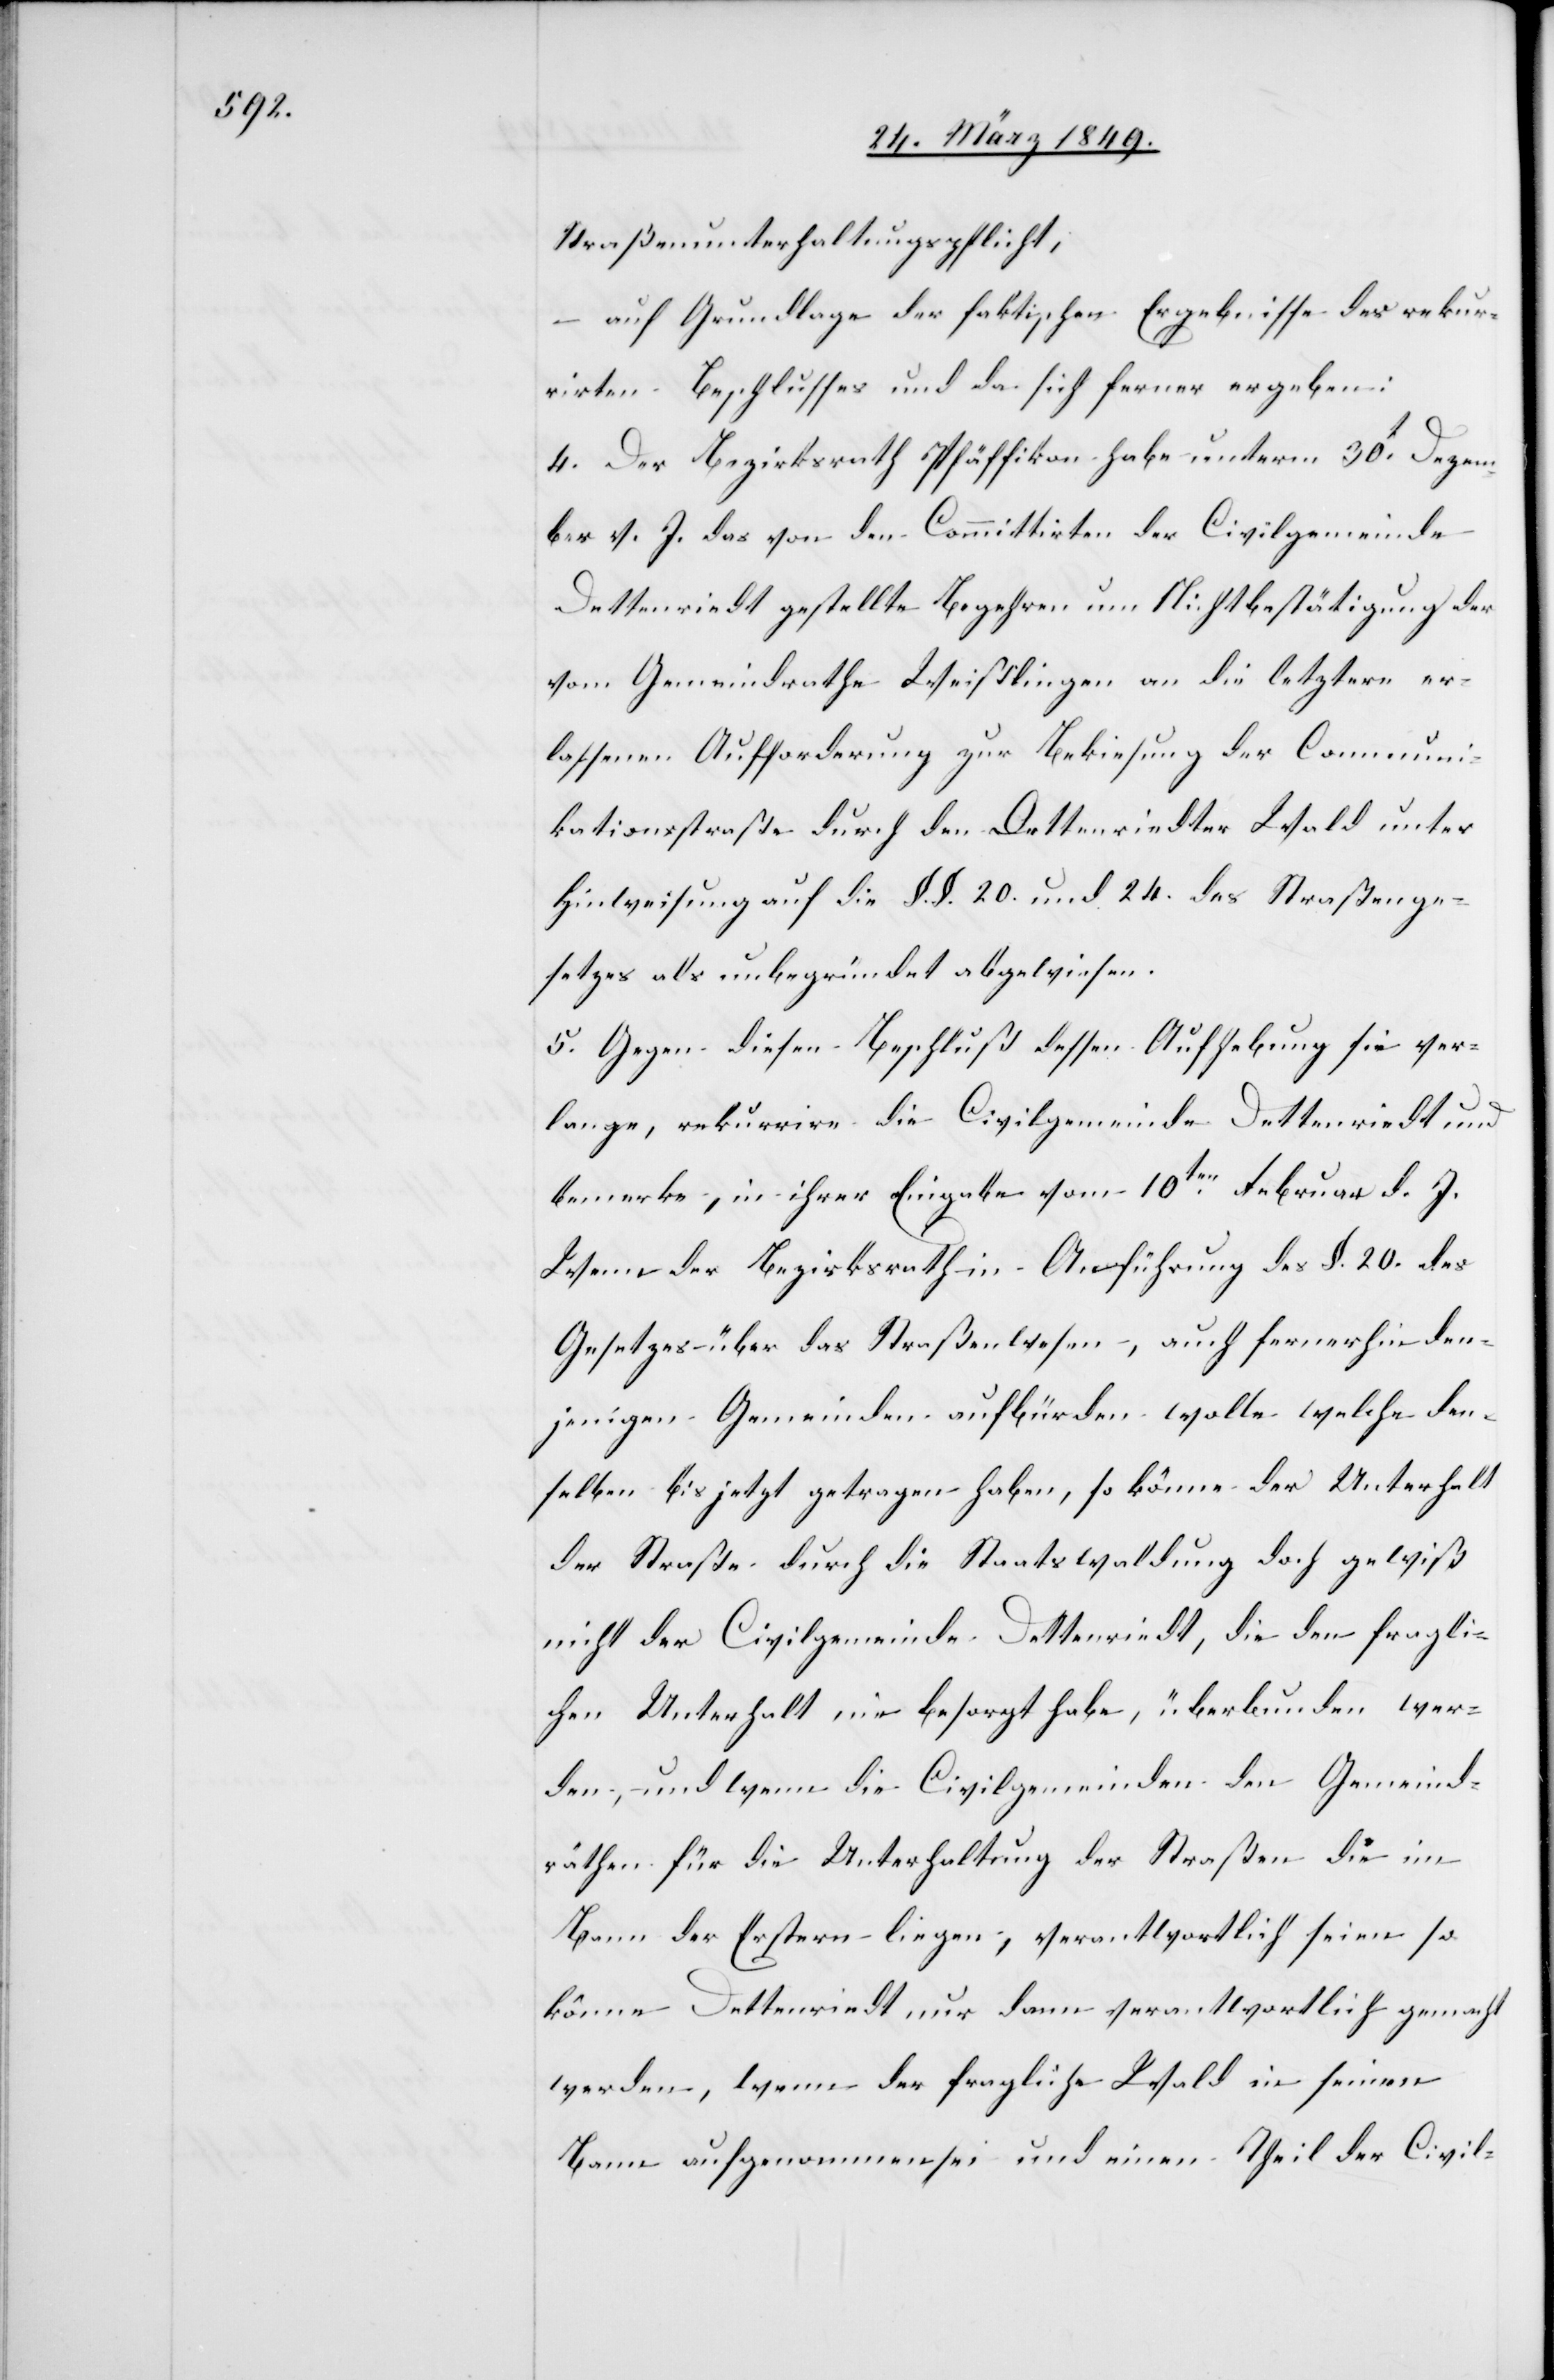
Straßenunterhaltungspflicht;
auf Grundlage der faktischen Ergebnisse des rekur¬
rirten Beschlusses und da sich ferner ergeben:
4. Der Bezirksrath Pfäffikon habe unterm 30t. Dezem¬
ber v. J. das von den Committirten der Civilgemeinde
Dettenriedt gestellte Begehren um Nichtbestätigung der
vom Gemeindrathe Weißlingen an die letztere er¬
lassenen Auffoderung zur Bekiesung der Communi¬
kationsstraße durch den Dettenriedter Wald unter
Hinweisung auf die §§. 20. und 24. des Straßenge¬
setzes als unbegründet abgewiesen.
5. Gegen diesen Beschluß dessen Aufhebung sie ver¬
lange, rekurrire die Civilgemeinde Dettenriedt und
bemerke, in ihrer Eingabe vom 10ten. Februar d.
Wenn der Bezirksrath in Anführung des §. 20. des
Gesetzes über das Straßenwesen, [den Unterhalt]
denjenigen Gemeinden aufbürden wolle welche den¬
selben bis jetzt getragen haben, so könne der Unterhalt
der Straße durch die Staatswaldung doch gewiß
nicht der Civilgemeinde Dettenriedt, die den fragli¬
chen Unterhalt nie besorgt habe, überbunden wer¬
den, und wenn die Civilgemeinden den Gemeind¬
räthen für die Unterhaltung der Straßen die im
Bann der Erstern liegen, verantwortlich seien so
könne Dettenriedt nur dann verantwortlich gemacht
werden, wenn der fragliche Wald in seinen
Bann aufgenommen sei und einen Theil der Civil-